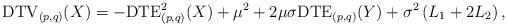
LaTeX: \begin{align*} &\mathrm{DTV}_{(p,q)}(X)=-\mathrm{DTE}_{(p,q)}^{2}(X)+\mu^{2}+2\mu\sigma\mathrm{DTE}_{(p,q)}(Y)+\sigma^{2}\left(L_{1}+2L_{2}\right),\end{align*}